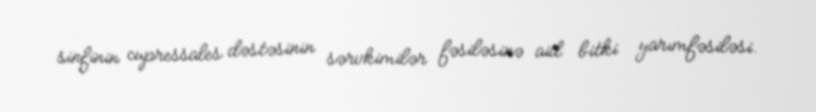
sinfinin cupressales dəstəsinin sərvkimilər fəsiləsinə aid bitki yarımfəsiləsi.